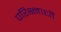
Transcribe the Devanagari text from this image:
परिक्ष्नाधीं